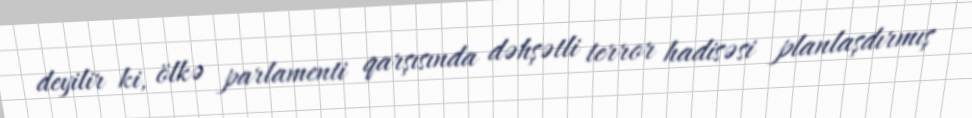
deyilir ki, ölkə parlamenti qarşısında dəhşətli terror hadisəsi planlaşdırmış